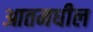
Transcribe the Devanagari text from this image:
आतमधील